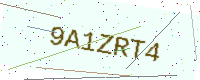
Text: 9A1ZRT4